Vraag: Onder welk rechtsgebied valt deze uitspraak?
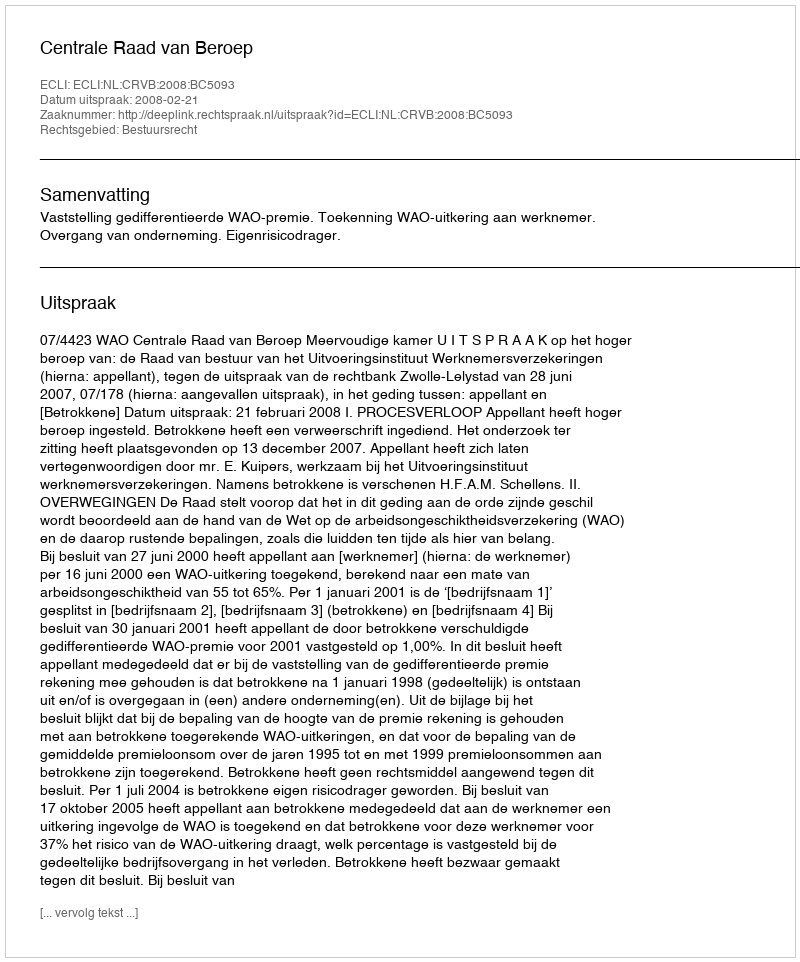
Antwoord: Bestuursrecht